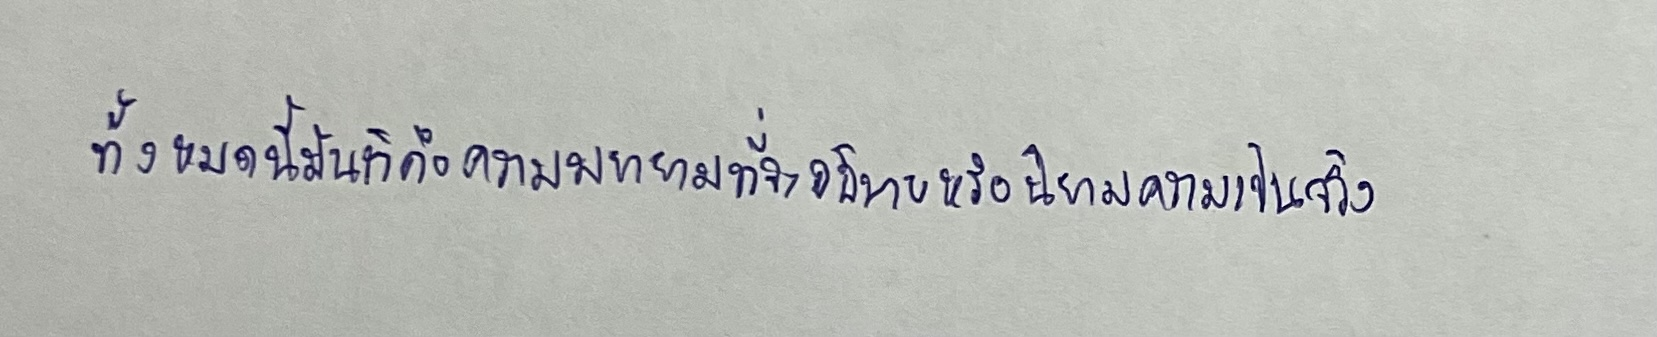
ทั้งหมดนี้มันก็คือความพยายามที่จะอธิบายหรือนิยามความเป็นจริง